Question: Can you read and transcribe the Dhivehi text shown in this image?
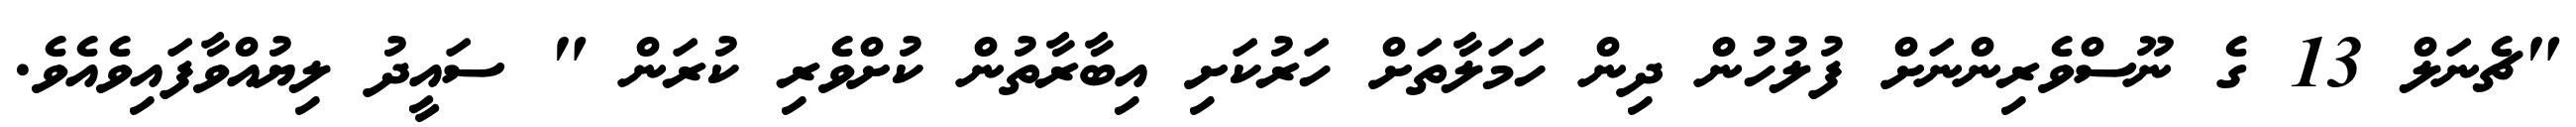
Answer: "ޗެނަލް 13 ގެ ނޫސްވެރިންނަށް ފުލުހުން ދިން ހަމަލާތަށް ހަރުކަށި އިބާރާތުން ކުށްވެރި ކުރަން " ސައީދު ލިޔުއްވާފައިވެއެވެ.